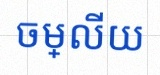
ចម្លើយ